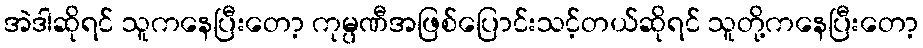
အဲဒါဆိုရင် သူကနေပြီးတော့ ကုမ္ပဏီအဖြစ်ပြောင်းသင့်တယ်ဆိုရင် သူတို့ကနေပြီးတော့